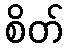
စိတ်